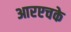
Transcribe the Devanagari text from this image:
आरएचके